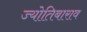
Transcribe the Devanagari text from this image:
ज्योतिबाराव